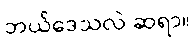
ဘယ်ဒေသလဲ ဆရာ။